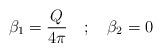
LaTeX: \begin{align*}\beta_1 = \frac{Q}{4 \pi} \quad ; \quad \beta_2 = 0\end{align*}